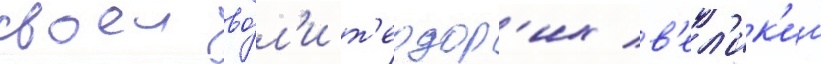
своеи во́л'и т'еодор'их в'ел'ик'ии